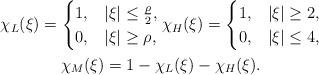
LaTeX: \begin{gather*}\chi_L (\xi) = \begin{cases}1, &|\xi| \leq \frac{\rho}{2}, \\0, &|\xi| \geq \rho, \end{cases} \chi_H (\xi) = \begin{cases}1, &|\xi| \geq 2, \\0, &|\xi| \leq 4, \end{cases} \\ \chi_M (\xi) = 1- \chi_L (\xi) - \chi_H (\xi). \end{gather*}